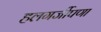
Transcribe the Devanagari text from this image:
हलगर्जीपणा